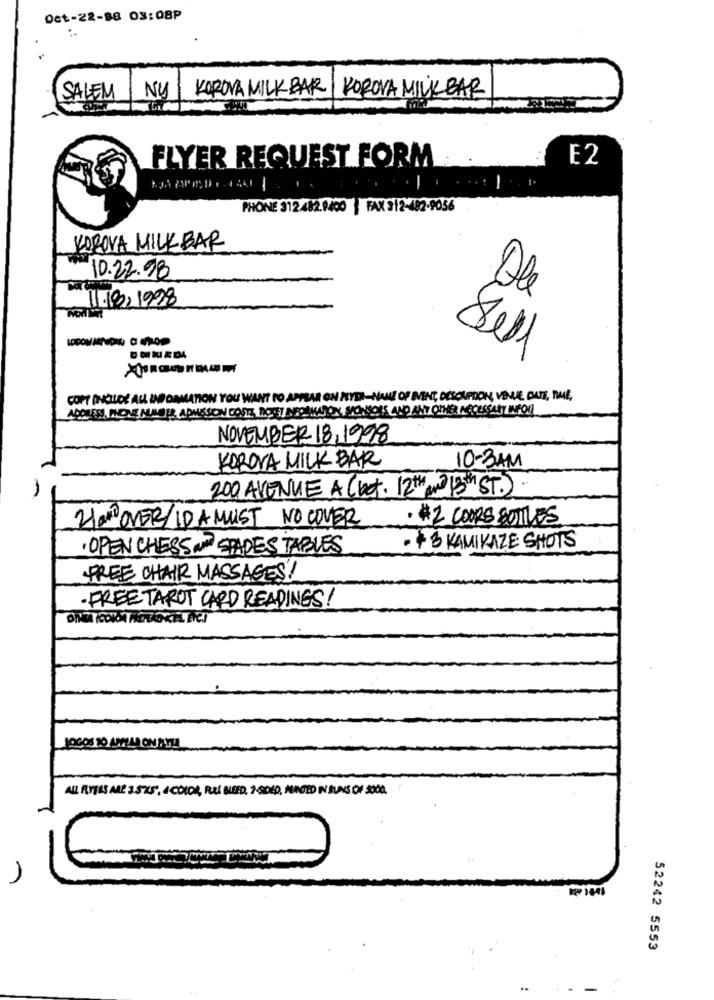
Oct-22-88 03:08P
KOROVA MILK BAR
KOROVA MILKBAR
SALEM
NU
FLYER REQUEST FORM
E2
PHONE 312482.9400 | FAX 312-482-9036
KOROVA MILKBAR
10.22.98
1.18,1998
Ale
COPT INCLUDE ALL INFORMATION YOU WANT TO APPEAR ON MEYER-NAME OF EVENT, DESCRIPTION, VENUE DATE, RUE,
ACQUEN, MONE MASER ADMASON COURS DOTHEY NEOMMAJON, SONSOIS AND ANY OTHER NECESSARY INFO !!
NOVEMBER 18,1998
KOROVA MILK BAR
10-3AM
200 AVENUE A C bet. 12 th and 13 th ST.)
Hand OVER ID A MUST NO COVER
· $2 COURS BUTLES
· OPEN CHESS AND SPADES TABLES
· + 3 KAMIKAZE SHOTS
FREE CHAIR MASSAGES!
· FREETAROT CARD READINGS!
ALL RITAS ARE 3525, & COION, PUES NEED, 19DE0, HINGED IN BUNS OF 3000.
52242 5553
..
-